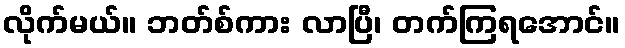
လိုက်မယ်။ ဘတ်စ်ကား လာပြီ၊ တက်ကြရအောင်။